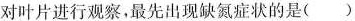
对叶片进行观察，最先出现缺氮症状的是（）